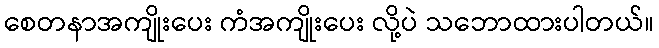
စေတနာအကျိုးပေး ကံအကျိုးပေး လို့ပဲ သဘောထားပါတယ်။